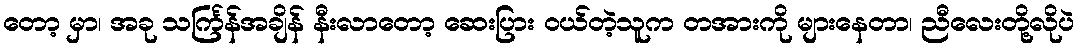
တော့ မှာ၊ အခု သင်္ကြန်အချိန် နီးလာတော့ ဆေးပြား ဝယ်တဲ့သူက တအားကို များနေတာ၊ ညီလေးတို့လိုပဲ